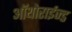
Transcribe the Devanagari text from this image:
ऑथोराईज्ड